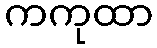
ကကုထာ